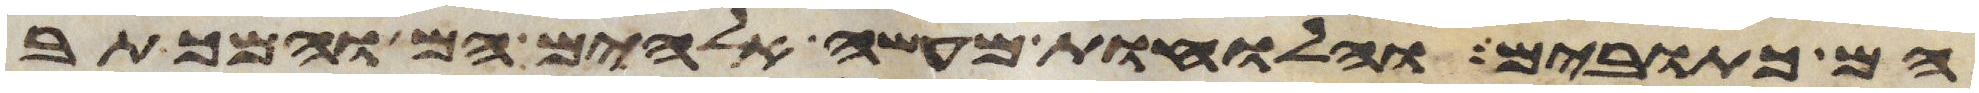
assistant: הם כתובים והלוחות מעשה אלהים הם והמכתב